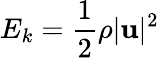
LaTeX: E_{k}=\frac{1}{2}\rho\vert\mathbf{u}\vert^{2}